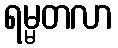
ရမ္မတလာ